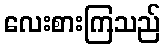
လေးစားကြသည်